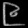
Digit: ၉